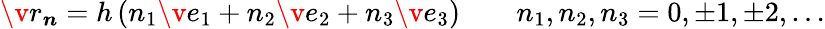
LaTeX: \v{r}_{\boldsymbol{n}}=h\, (n_{1}\v{e}_{1}+n_{2}\v{e}_{2}+n_{3}\v{e}_{3})\qquad n_{1},n_{2},n_{3}=0,\pm 1,\pm 2,\dots